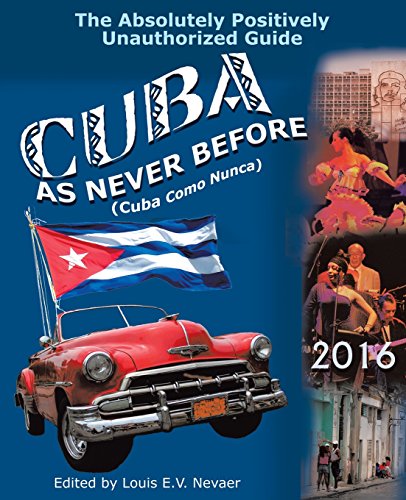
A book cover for Cuba as Never Before: The Absolutely Positively Unauthorized Guide; Travel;